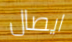
ايصال